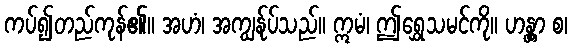
ကပ်၍တည်ကုန်၏။ အဟံ၊ အကျွန်ုပ်သည်။ ဣမံ၊ ဤရွှေသမင်ကို။ ဟန္တွာ စ၊